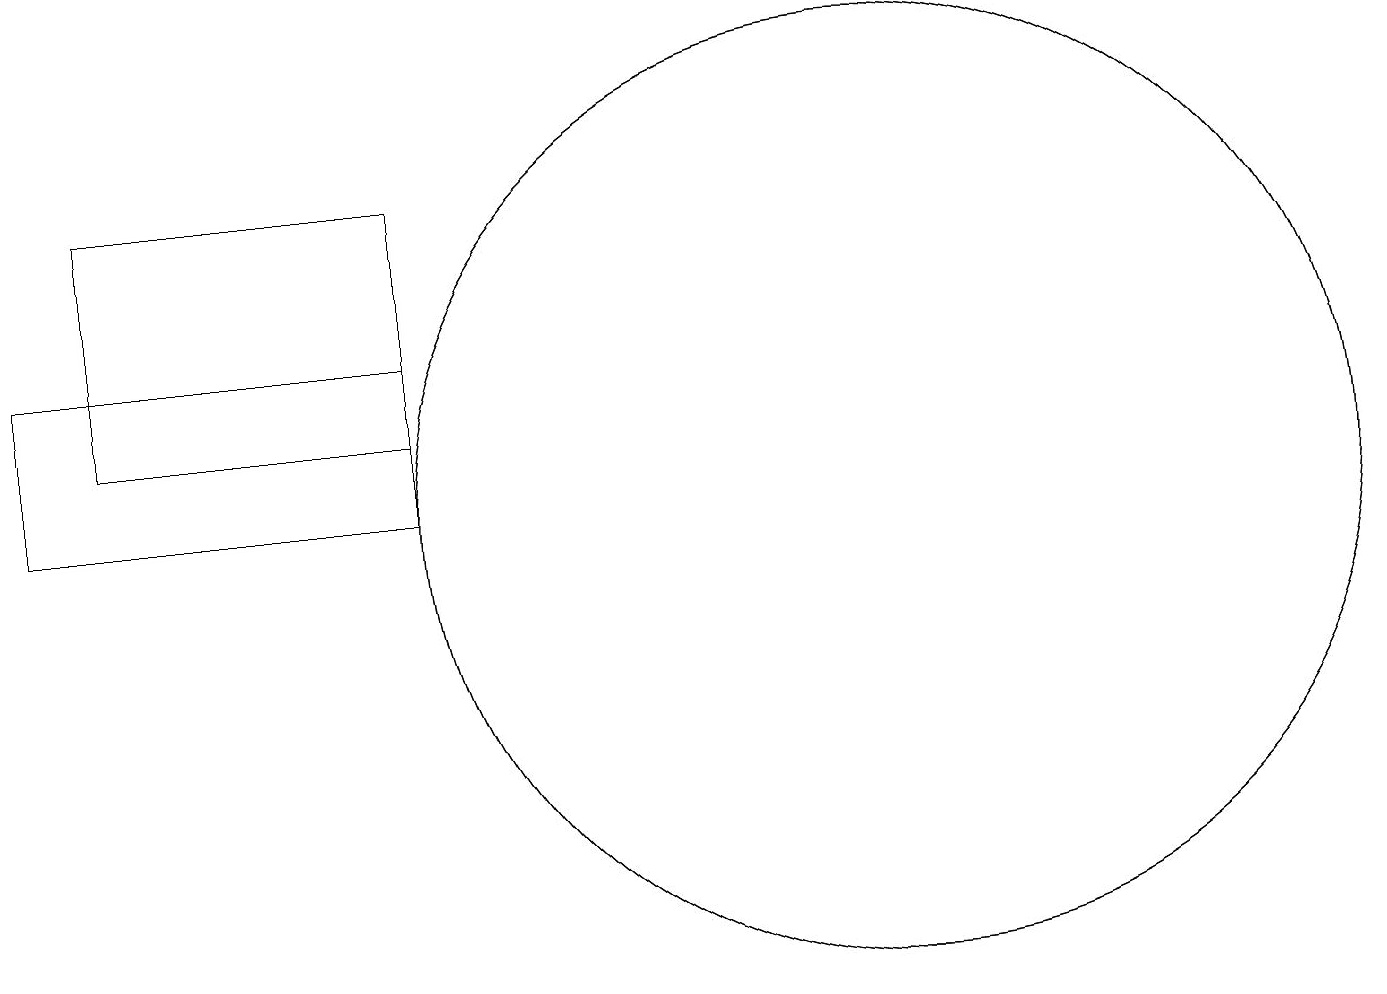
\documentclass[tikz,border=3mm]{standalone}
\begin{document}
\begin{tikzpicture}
\draw (2,16) rectangle (6,13);
\draw (12,12) circle (0);
\draw (12,12) circle (6);
\draw (12,12) circle (6);
\draw (6,14) rectangle (1,12);
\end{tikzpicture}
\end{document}